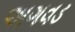
અગવડ